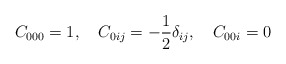
\begin{align*}C_{000}=1,\quad C_{0ij}=-\frac{1}{2}\delta_{ij},\quad C_{00i}=0\end{align*}